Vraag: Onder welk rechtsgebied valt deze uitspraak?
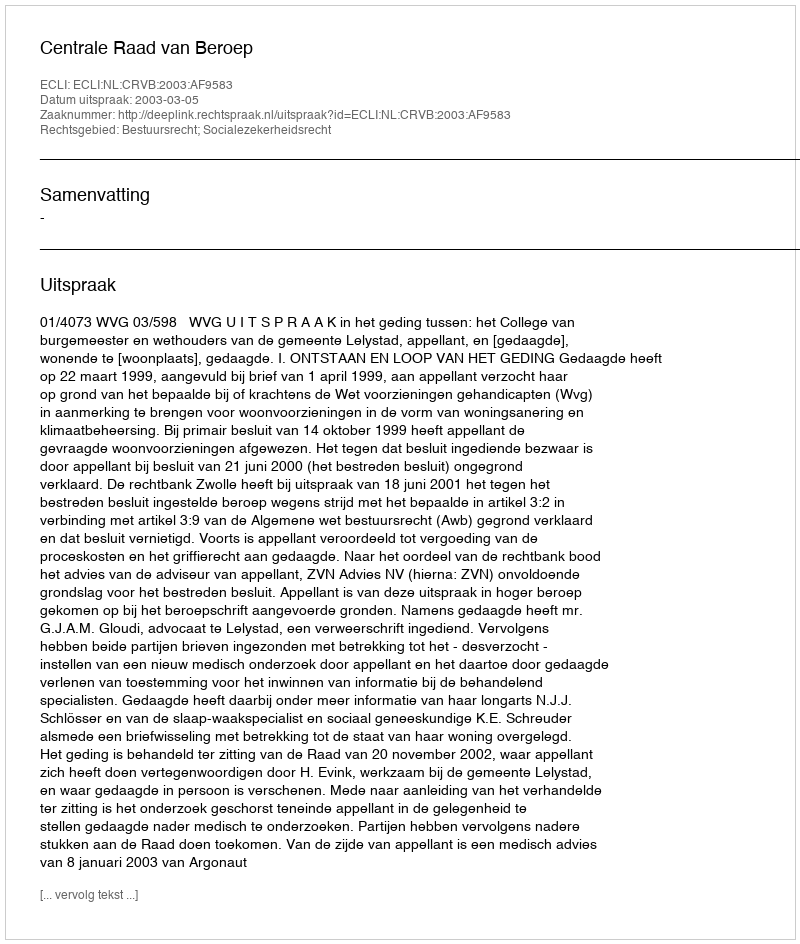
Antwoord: Bestuursrecht; Socialezekerheidsrecht